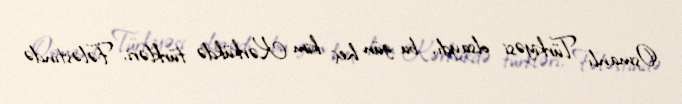
Osmanlı Türkiyəsi olsaydı, bu gün heç kim Kərkükdə türkləri, Fələstində